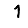
Digit: 1